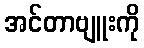
အင်တာဗျူးကို